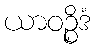
ယာဝဉ္စိဒံ